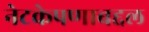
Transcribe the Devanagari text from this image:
नेटकेपणाबद्दल